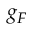
g _ { F }